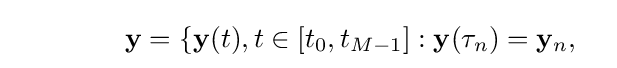
\qquad \qquad \mathbf {y} =\{\mathbf {y} (t),t\in \lbrack t_{0},t_{M-1}]:\mathbf {y} (\tau _{n})=\mathbf {y} _{n},\quad